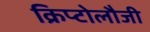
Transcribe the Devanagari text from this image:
क्रिप्टोलौजी